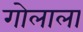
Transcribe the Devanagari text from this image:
गोलाला